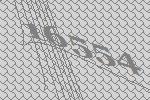
16554